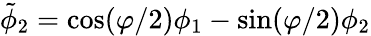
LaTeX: \tilde{\phi}_{2}=\cos(\varphi/2)\phi_{1}-\sin(\varphi/2)\phi_{2}